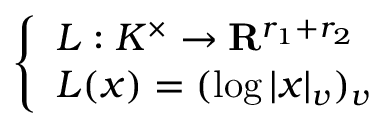
\left\{ \begin{array} { l l } { L : K ^ { \times } \to \mathbf { R } ^ { r _ { 1 } + r _ { 2 } } } \\ { L ( x ) = ( \log | x | _ { v } ) _ { v } } \end{array} \right.